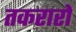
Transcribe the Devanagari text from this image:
तकरारों